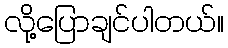
လို့ပြောချင်ပါတယ်။